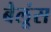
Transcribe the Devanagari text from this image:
बैलूंस